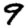
Digit: 9